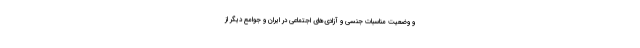
و وضعیت مناسبات جنسی و آزادی‌های اجتماعی در ایران و جوامع دیگر از